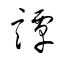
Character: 譚